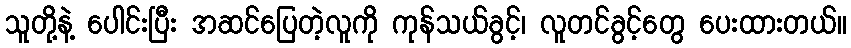
သူတို့နဲ့ ပေါင်းပြီး အဆင်ပြေတဲ့လူကို ကုန်သယ်ခွင့်၊ လူတင်ခွင့်တွေ ပေးထားတယ်။